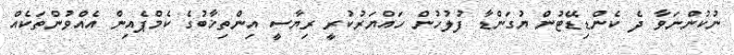
ނުކުންނަވާ ދެ ކެންޑިޑޭޓުން ޔުގަންޑާ ފުލުހުން ހައްޔަރުކުރީ ރިޔާސީ އިންތިޚާބުގެ ކެމްޕެއިން އެއްވުންތަކެއް